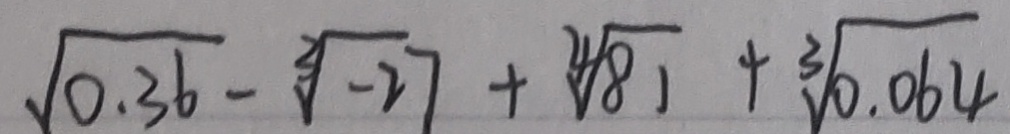
\sqrt [ 3 ] { 0 . 3 6 } - \sqrt [ 3 ] { - 2 7 } + \sqrt [ 3 ] { 8 1 } + \sqrt [ 3 ] { 0 . 0 6 4 }